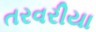
તરવરીયા